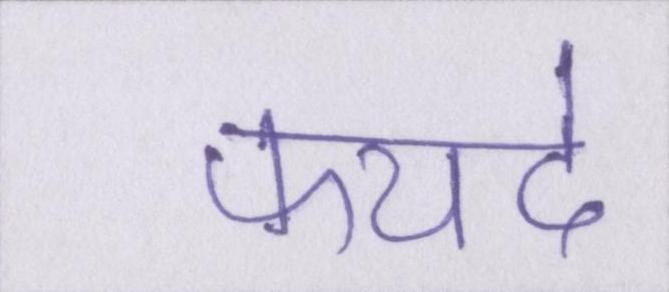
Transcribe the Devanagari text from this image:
फयदे